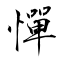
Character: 憚